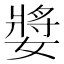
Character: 𭒝